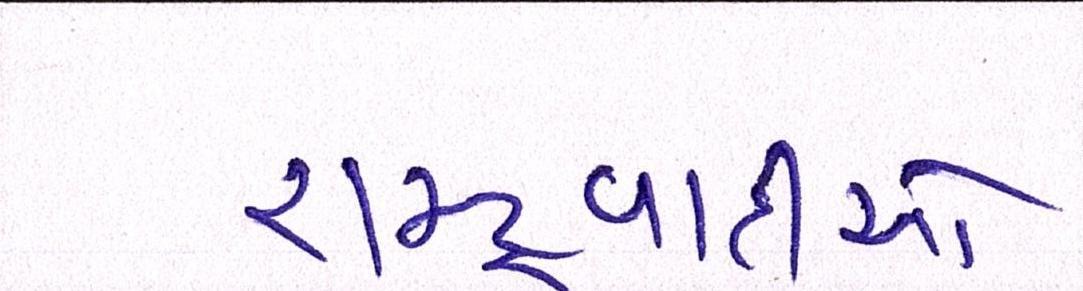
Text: રાષ્ટ્રવાદીઓ